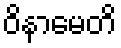
ဝိနာမေတိ